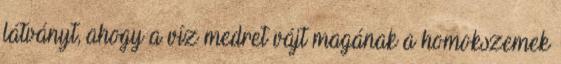
látványt, ahogy a víz medret vájt magának a homokszemek